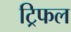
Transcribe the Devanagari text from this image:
ट्रिफल